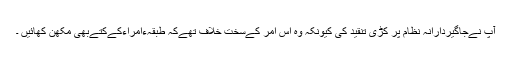
آپ نےجاگیردارانہ نظام پر کڑی تنقید کی کیونکہ وہ اس امر کےسخت خلاف تھےکہ طبقہءامراءکےکتےبھی مکھن کھائیں ۔